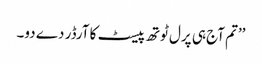
’’تم آج ہی پرل ٹوتھ پیسٹ کا آرڈر دے دو۔